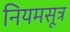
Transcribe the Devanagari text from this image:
नियमसूत्र